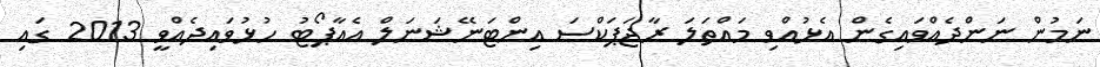
ނަމުން ނަންދެއްވައިގެން އެޅުއްވި މައްތަލަ ރާޖަޕަކްސަ އިންޓަނޭޝަނަލް އެއާޕޯޓު ހުޅުވައިދެއްވީ 2013 ގައި